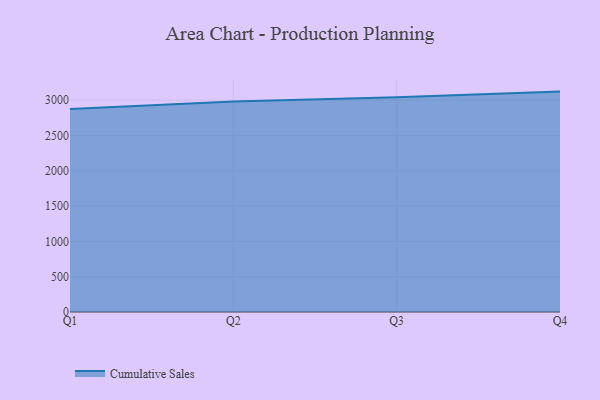
{"axis": {"x": "Quarter", "y": "Operating Costs (USD K)"}, "legend": ["Cumulative Sales"], "data": [{"x": "Q1", "y": 2875.9, "type": "Cumulative Sales"}, {"x": "Q2", "y": 2979.6, "type": "Cumulative Sales"}, {"x": "Q3", "y": 3039.9, "type": "Cumulative Sales"}, {"x": "Q4", "y": 3120.5, "type": "Cumulative Sales"}]}